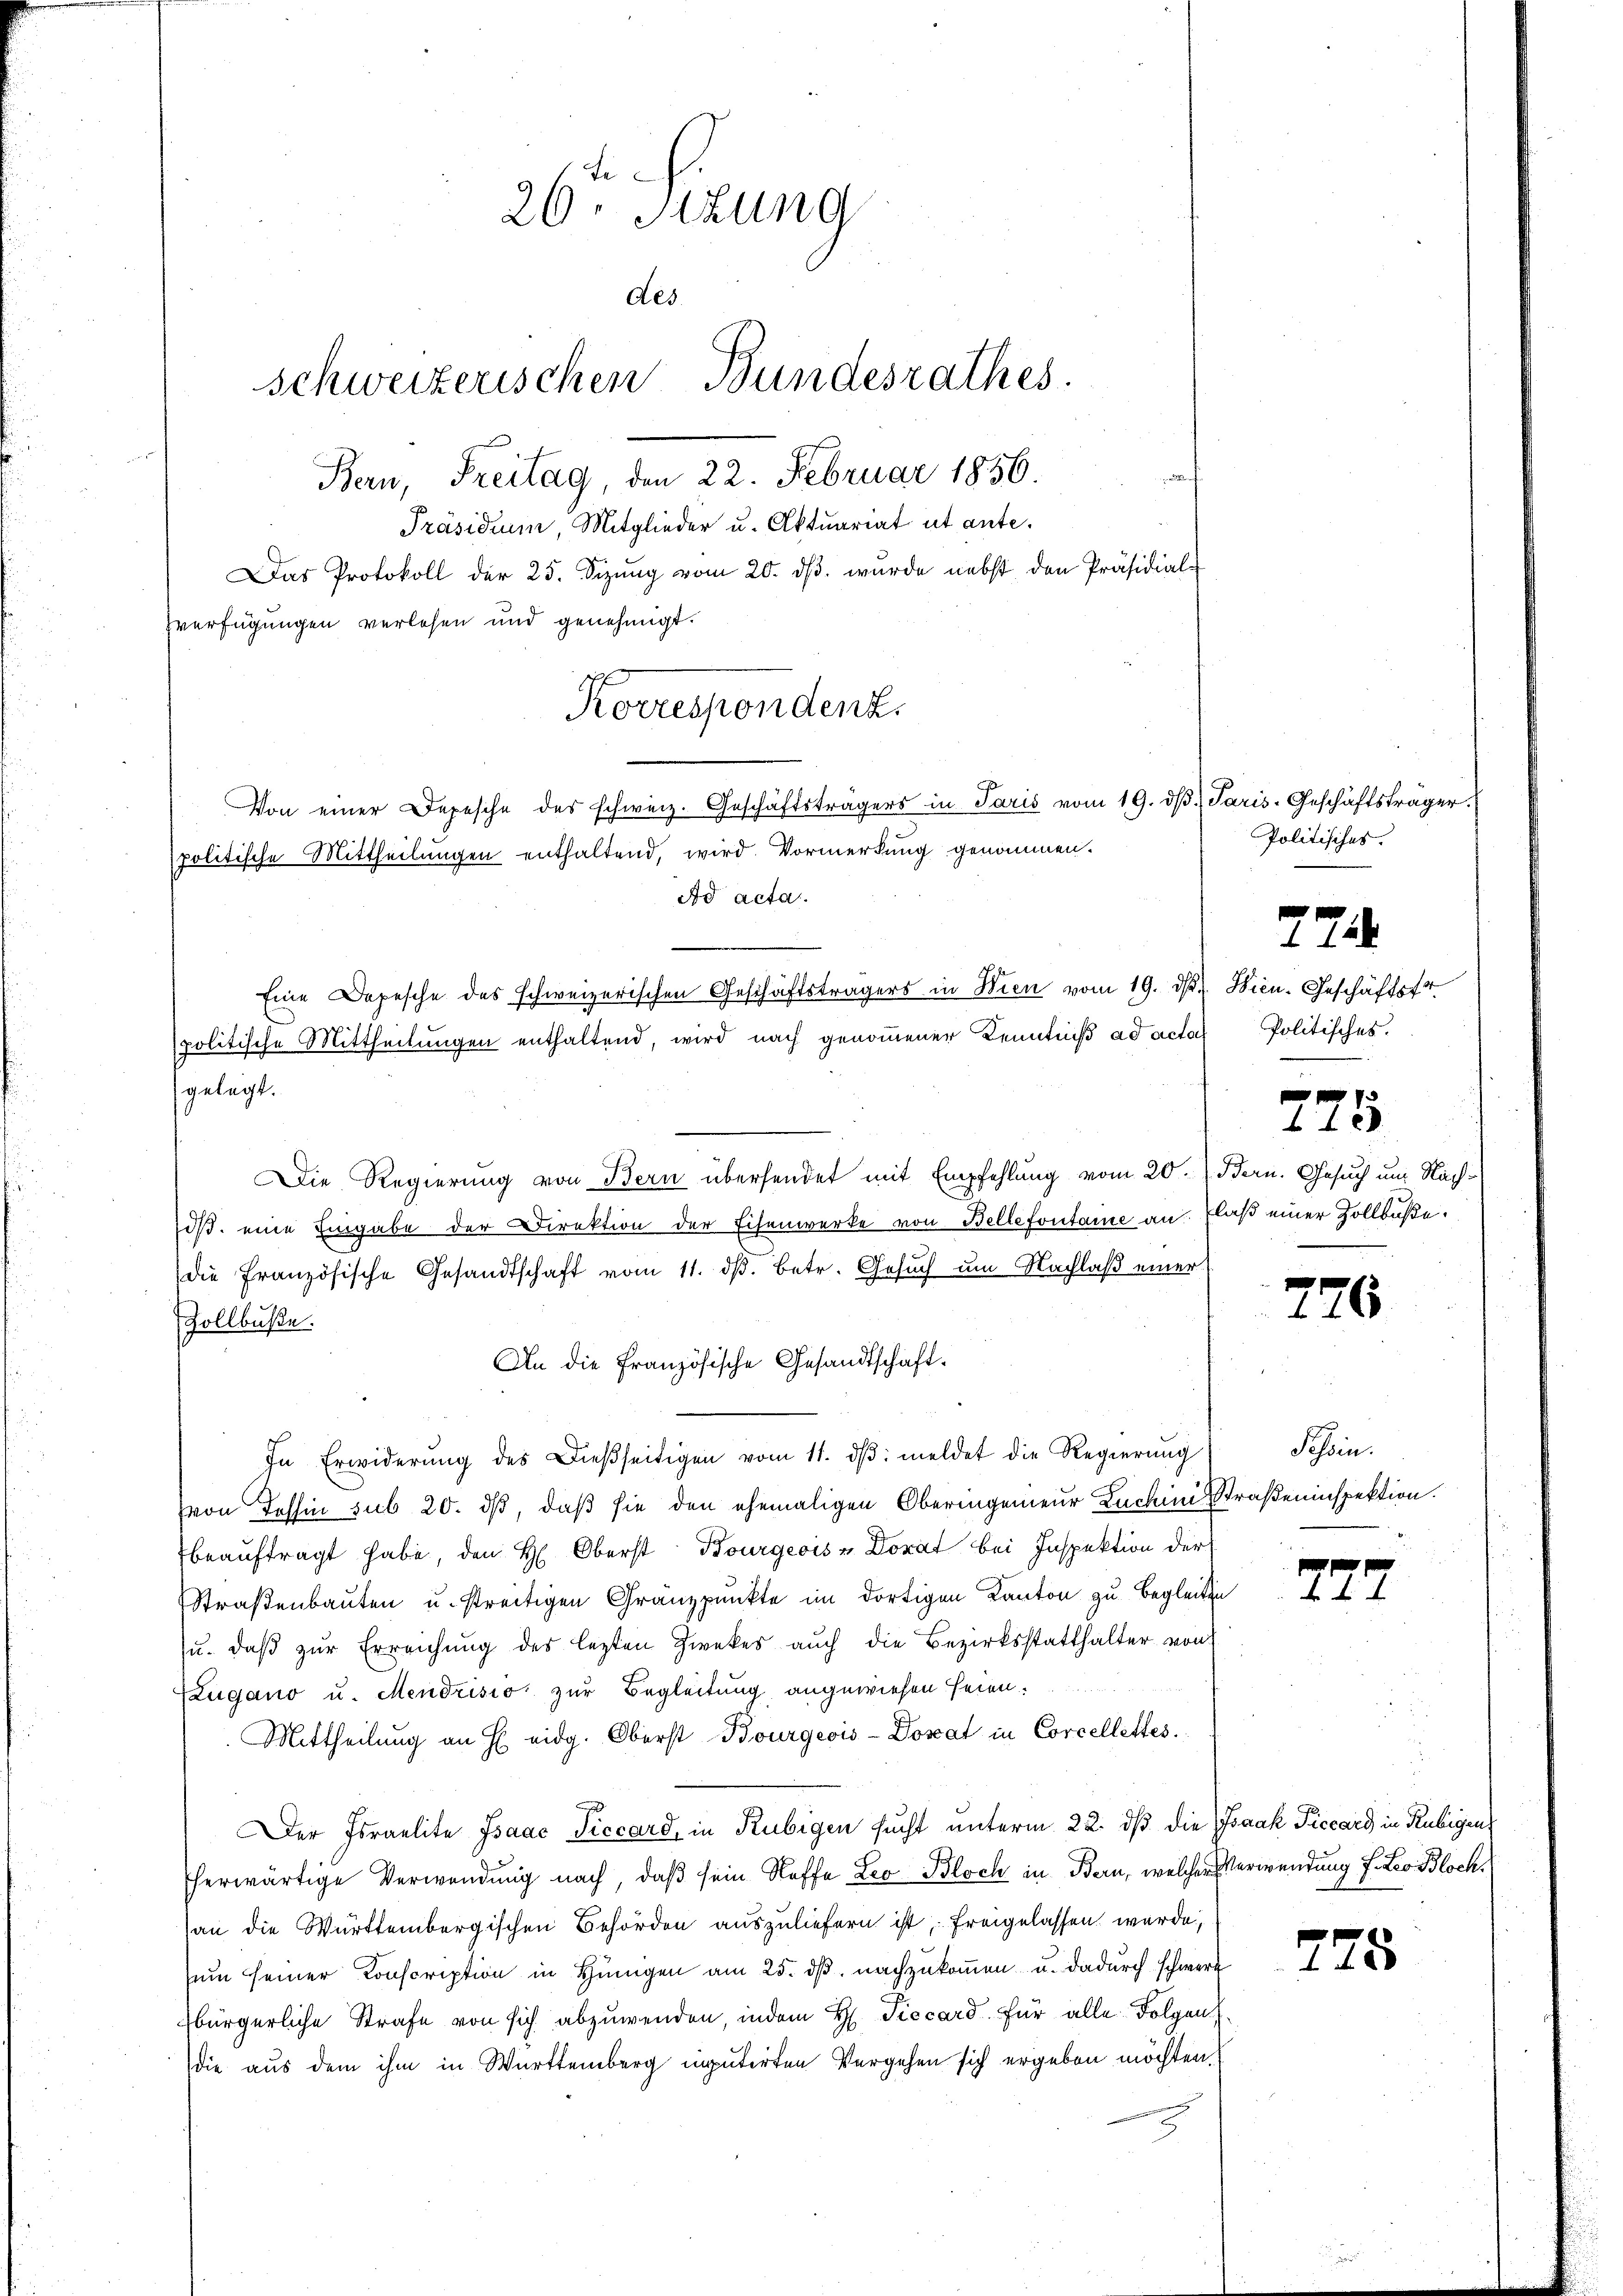
26. Sitzung
des.
schweizerischen Bundesrathes.
Bern, Freitag, den 22. Februar 1856.
Präsidium, Mitglieder u. Aktuariat ut ante.
Das Protokoll der 25. Sizŭng vom 20. dβ. wurde nebst den Präsidial-
Zverfügungen verlesen und genehmigt.

Korrespondenz.
Von einer Depesche des schweiz. Geschäftsträgers in Paris vom 19. dβ. Paris-Geschäftsträger.
politische Mittheilungen enthaltend, wird Vormerkung genommen.
Ad acta.
Eine Depesche des schweizerischen Geschäftsträgers in Wien vom 19. d. Wien. Geschäftsfr.
spolitische Mittheilungen enthaltend, wird nach genommener Kenntniß ad acta

gelegt.
Die Regierung von Bern übersendet mit Empfehlung vom 20.) Bern. Gesuch um Nachoβ. eine Eingabe der Direktion der Eisenwerke von Bellefontane an. Elaß einer Zollbaße.
die Französische Gesandtschaft vom 11. ds. betr. Gesuch um Nachlaß einer
Zollbuße.
An die Französische Gesandtschaft.
In Erwiderŭng des Dießseitigen vom 11. dβ. meldet die Regierŭng
(von Tessin sub 20. dß, daß sie den ehemaligen Oberingenieur Lachini, Straßeninspektion.
beauftragt habe, den H. Oberst Bourgeois u Dorat bei Inspektion der
Straßenbauten u. streitigen Gränzpunkte im dortigen Kanton zu begleiten
u. daβ zŭr Erreichŭng des letzten Zwekes aŭch die Bezirksstatthalter von
Zugano u. Mendrisio zur Begleitung angewiesen seien.
Mittheilung an H eidg. Oberst Bourgeois-Donat in Corcellettes.
Der Israelite Isaac Ticcard, in Rubigen sucht unterm 22. dβ die Isaak Piccard in Rubigens
herwärtige Verwendung nach, daß sein Stoffe Leo Bloch in Bern, welcher Verwendung f. Leo Bloch
an die Württembergischen Behörden auszuliefern ist, freigelassen wurde,
sum seiner Conscription in Hungen am 25. dβ nachzukommen u. dadurch schwere
bürgerliche Strafe von sich abzuwenden, indem H. Tiecard für alle Folgen,
die aus dem ihm in Württemberg inputirten Vergehen sich ergeben möchten,

Politisches.

224

Politisches.

71.
c.

226

Schön.

7.

775